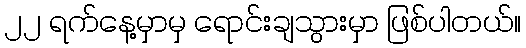
၂၂ ရက်နေ့မှာမှ ရောင်းချသွားမှာ ဖြစ်ပါတယ်။